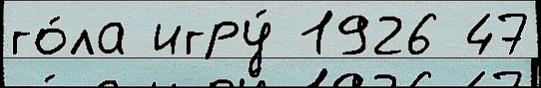
го́ла игру́ 1926 47